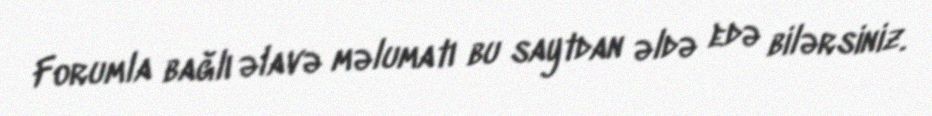
Forumla bağlı əlavə məlumatı bu saytdan əldə edə bilərsiniz.